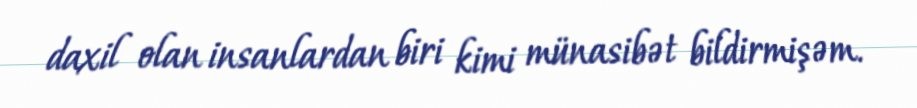
daxil olan insanlardan biri kimi münasibət bildirmişəm.